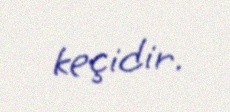
keçidir.